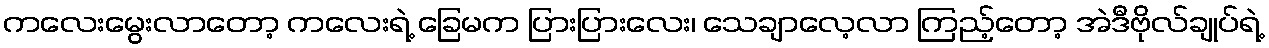
ကလေးမွေးလာတော့ ကလေးရဲ့ ခြေမက ပြားပြားလေး၊ သေချာလေ့လာ ကြည့်တော့ အဲဒီဗိုလ်ချုပ်ရဲ့